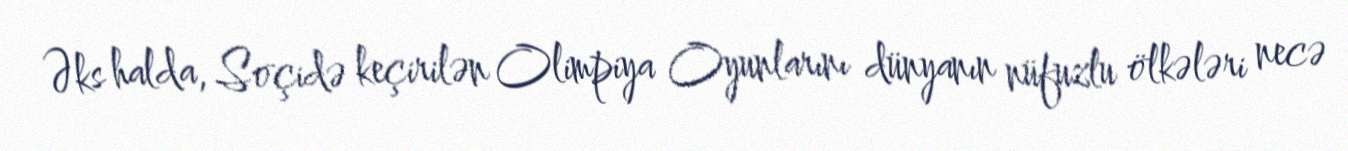
Əks halda, Soçidə keçirilən Olimpiya Oyunlarını dünyanın nüfuzlu ölkələri necə